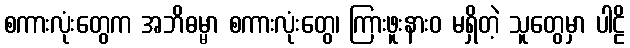
စကားလုံးတွေက အဘိဓမ္မာ စကားလုံးတွေ၊ ကြားဖူးနားဝ မရှိတဲ့ သူတွေမှာ ပါဠိ